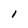
Character: 1